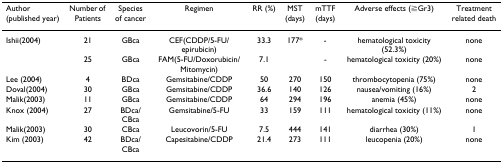
<table><thead><tr><td><b>Author (published year)</b></td><td><b>Number of Patients</b></td><td><b>Species of cancer</b></td><td><b>Regimen</b></td><td><b>RR (%)</b></td><td><b>MST (days)</b></td><td><b>mTTF (days)</b></td><td><b>Adverse effects (≧Gr3)</b></td><td><b>Treatment related death</b></td></tr></thead><tbody><tr><td>Ishii(2004)</td><td>21</td><td>GBca</td><td>CEF(CDDP/5-FU/epirubicin)</td><td>33.3</td><td>177*</td><td>-</td><td>hematological toxicity (52.3%)</td><td>none</td></tr><tr><td></td><td>25</td><td>GBca</td><td>FAM(5-FU/Doxorubicin/Mitomycin)</td><td>7.1</td><td></td><td>-</td><td>hematological toxicity (20%)</td><td>none</td></tr><tr><td>Lee (2004)</td><td>4</td><td>BDca</td><td>Gemsitabine/CDDP</td><td>50</td><td>270</td><td>150</td><td>thrombocytopenia (75%)</td><td>none</td></tr><tr><td>Doval(2004)</td><td>30</td><td>GBca</td><td>Gemsitabine/CDDP</td><td>36.6</td><td>140</td><td>126</td><td>nausea/vomiting (16%)</td><td>2</td></tr><tr><td>Malik(2003)</td><td>11</td><td>GBca</td><td>Gemsitabine/CDDP</td><td>64</td><td>294</td><td>196</td><td>anemia (45%)</td><td>none</td></tr><tr><td>Knox (2004)</td><td>27</td><td>BDca/CBca</td><td>Gemsitabine/5-FU</td><td>33</td><td>159</td><td>111</td><td>hematological toxicity (11%)</td><td>none</td></tr><tr><td>Malik(2003)</td><td>30</td><td>CBca</td><td>Leucovorin/5-FU</td><td>7.5</td><td>444</td><td>141</td><td>diarrhea (30%)</td><td>1</td></tr><tr><td>Kim (2003)</td><td>42</td><td>BDca/CBca</td><td>Capesitabine/CDDP</td><td>21.4</td><td>273</td><td>111</td><td>leucopenia (20%)</td><td>none</td></tr></tbody></table>